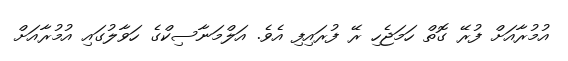
އުމުރާއަށް ފުރޭ ގޮތް ހަމަޖެހި ރޭ ފުރައިފި އެވެ. އަލްމަނާސިކްގެ ހަވާލުގައި އުމުރާއަށް